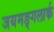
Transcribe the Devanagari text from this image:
जयमङ्गलार्क